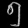
Digit: ၅